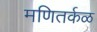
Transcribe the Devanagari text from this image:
मणितर्कळ